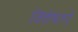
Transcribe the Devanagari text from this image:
विशेषतएँ